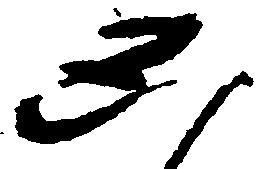
思